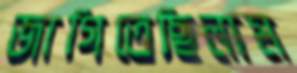
জাগিতেছিলাম